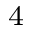
_ 4